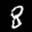
Label: 8